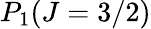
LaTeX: P_{1}(J=3/2)